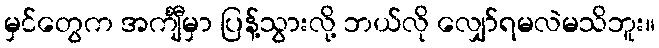
မှင်တွေက အင်္ကျီမှာ ပြန့်သွားလို့ ဘယ်လို လျှော်ရမလဲမသိဘူး။